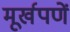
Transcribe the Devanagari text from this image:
मूर्खपणें